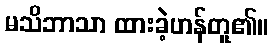
မသိဘာသာ ထားခဲ့ဟန်တူ၏။